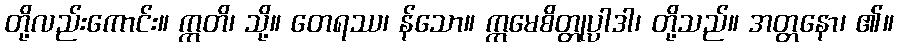
တို့လည်းကောင်း။ ဣတိ၊ သို့။ တေရဿ၊ န်သော။ ဣမေစိတ္တုပ္ပါဒါ၊ တို့သည်။ အတ္တနော၊ ၏။